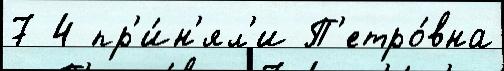
7 4 пр'и́н'ял'и П'етро́вна